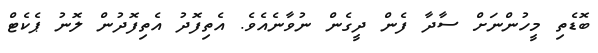
ބޮޑެތި މީހުންނަށް ސާދާ ފެން ދީގެން ނުވާނެއެވެ. އެތިފޮދު އެތިފޮދުން ލޮނު ޕެކެޓް